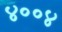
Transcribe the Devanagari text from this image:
४००४